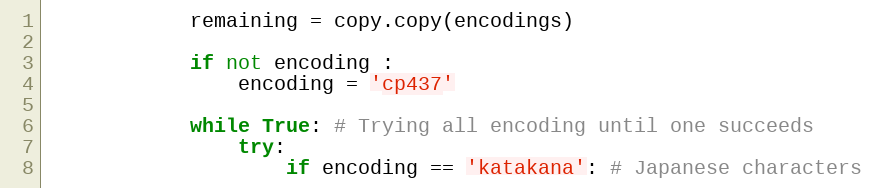
Language: Python
            remaining = copy.copy(encodings)

            if not encoding :
                encoding = 'cp437'

            while True: # Trying all encoding until one succeeds
                try:
                    if encoding == 'katakana': # Japanese characters